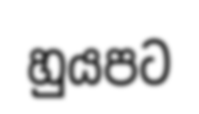
හුයපට